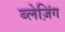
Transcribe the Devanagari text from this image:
ब्लेज़िंग